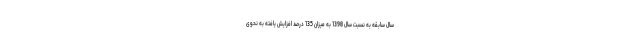
سال سابقه به نسبت سال 1398 به میزان 135 درصد افزایش یافته به نحوی